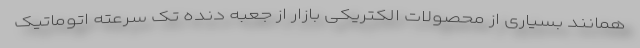
همانند بسیاری از محصولات الکتریکی بازار از جعبه دنده تک سرعته اتوماتیک